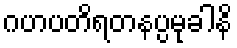
ဂဟပတိရတနပ္ပမုခါနိ